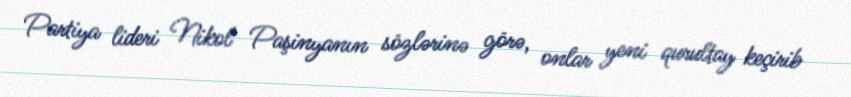
Partiya lideri Nikol Paşinyanın sözlərinə görə, onlar yeni qurultay keçirib